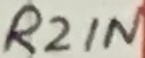
Text: R2IN